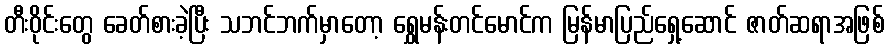
တီးဝိုင်းတွေ ခေတ်စားခဲ့ပြီး သဘင်ဘက်မှာတော့ ရွှေမန်းတင်မောင်က မြန်မာပြည်ရှေ့ဆောင် ဇာတ်ဆရာအဖြစ်